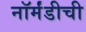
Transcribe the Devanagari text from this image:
नॉर्मंडीची